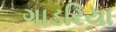
ગાડરિયા